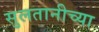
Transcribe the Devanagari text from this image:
सुलतानीच्या